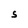
Character: S